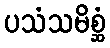
ပသံသမိစ္ဆံ